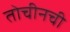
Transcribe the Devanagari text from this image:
तोचीनची